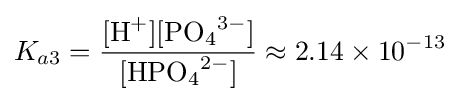
K_{a3}={\frac {[{\ce {H+}}][{\ce {PO4^3-}}]}{[{\ce {HPO4^2-}}]}}\approx 2.14\times 10^{-13}